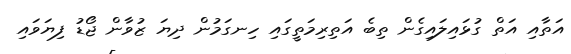
އަތާއި އަތް ގުޅައިލައިގެން ތިބެ އަތިރިމަތީގައި ހިނގަމުން ދިޔަ ޒުވާން ޖޯޑު ފިޔަވައި